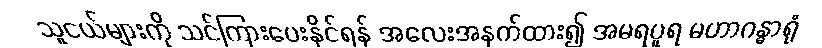
သူငယ်များကို သင်ကြားပေးနိုင်ရန် အလေးအနက်ထား၍ အမရပူရ မဟာဂန္ဓာရုံ